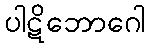
ပါဋိဘောဂေါ